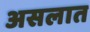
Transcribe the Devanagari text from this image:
असलात